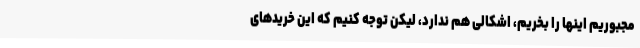
مجبوریم اینها را بخریم، اشکالی هم ندارد، لیکن توجه کنیم که این خریدهای